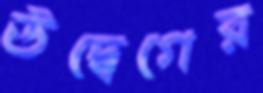
উদ্বেগের